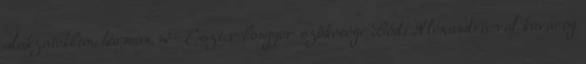
alakzatokban, hárman, né- Eszter bongyor szőkesége Bódi Alexandrá-val kavarog